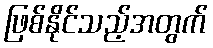
ဖြစ်နိုင်သည့်အတွက်